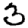
Digit: 3